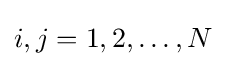
i,j=1,2,\ldots ,N